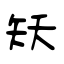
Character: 矨